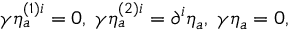
\gamma \eta _ { a } ^ { \left( 1 \right) i } = 0 , \; \gamma \eta _ { a } ^ { \left( 2 \right) i } = \partial ^ { i } \eta _ { a } , \; \gamma \eta _ { a } = 0 ,